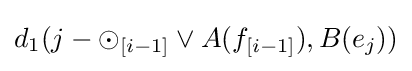
d_{1}(j-\odot _{[i-1]}\lor A(f_{[i-1]}),B(e_{j}))